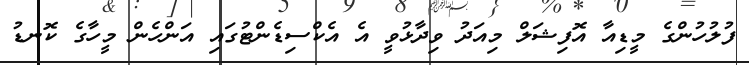
ފުލުހުންގެ މީޑިއާ އޮފިޝަލް މިއަދު ވިދާޅުވީ އެ އެކްސިޑެންޓުގައި އަންހެން މީހާގެ ކޮނޑު